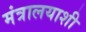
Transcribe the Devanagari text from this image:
मंत्रालयाशी